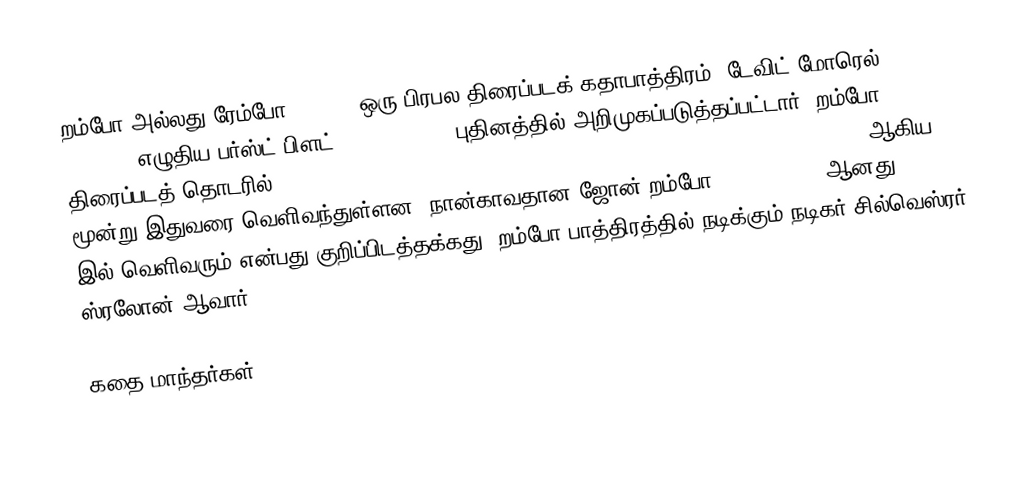
றம்போ அல்லது ரேம்போ (Rambo) ஒரு பிரபல திரைப்படக் கதாபாத்திரம். டேவிட் மோரெல் (David Morrell) எழுதிய பர்ஸ்ட் பிளட் (First Blood) புதினத்தில் அறிமுகப்படுத்தப்பட்டார். றம்போ திரைப்படத் தொடரில் First Blood (1982), Rambo: First Blood Part II (1985), Rambo III (1988) ஆகிய மூன்று இதுவரை வெளிவந்துள்ளன. நான்காவதான ஜோன் றம்போ (John Rambo) ஆனது 2008 இல் வெளிவரும் என்பது குறிப்பிடத்தக்கது. றம்போ பாத்திரத்தில் நடிக்கும் நடிகர் சில்வெஸ்ரர் ஸ்ரலோன் ஆவார்.

கதை மாந்தர்கள்